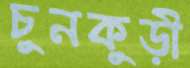
চুনকুড়ী